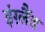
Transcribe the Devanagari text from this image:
इंग़्लैंड